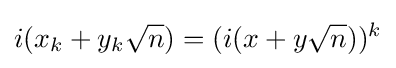
i(x_{k}+y_{k}{\sqrt {n}})=(i(x+y{\sqrt {n}}))^{k}